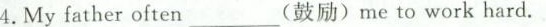
4.Myfather often_(鼓励)me to work hard.